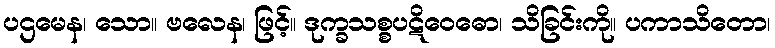
ပဌမေန၊ သော။ ဗလေန၊ ဖြင့်။ ဒုက္ခသစ္စပဋိဝေဓော၊ သိခြင်းကို။ ပကာသိတော၊